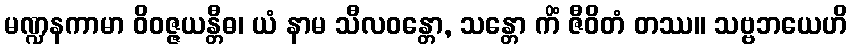
မဏ္ဍနကာမာ ဝိဝဇ္ဇယန္တီဓ၊ ယံ နာမ သီလဝန္တော, သန္တော ကိံ ဇီဝိတံ တဿ။ သဗ္ဗဘယေဟိ